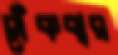
সেঁকবার